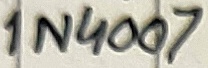
Text: 1N4007